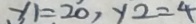
y _ { 1 } = 2 0 , y _ { 2 } = 4